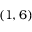
{ ( 1 , 6 ) }